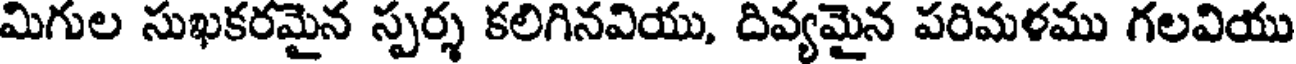
మిగుల సుఖకరమైన స్పర్శ కలిగినవియు, దివ్యమైన పరిమళము గలవియు